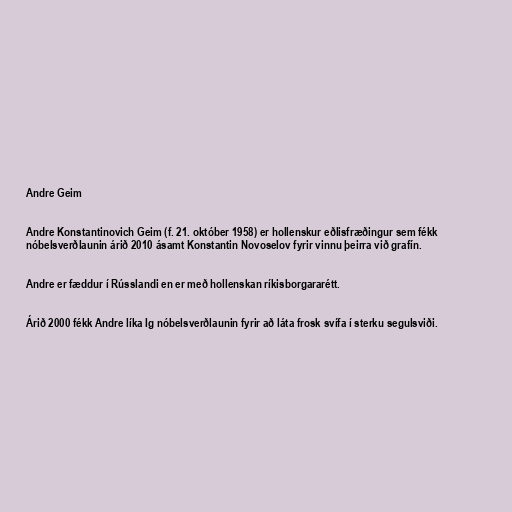
Andre Geim

Andre Konstantinovich Geim (f. 21. október 1958) er hollenskur eðlisfræðingur sem fékk
nóbelsverðlaunin árið 2010 ásamt Konstantin Novoselov fyrir vinnu þeirra við grafín.

Andre er fæddur í Rússlandi en er með hollenskan ríkisborgararétt.

Árið 2000 fékk Andre líka Ig nóbelsverðlaunin fyrir að láta frosk svífa í sterku segulsviði.